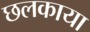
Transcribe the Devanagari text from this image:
छलकाया